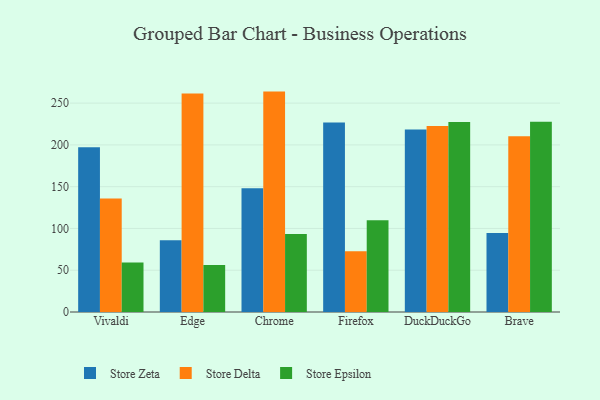
{"axis": {"x": "Browser", "y": "Temperature (°C)"}, "legend": ["Store Delta", "Store Epsilon", "Store Zeta"], "data": [{"x": "Vivaldi", "y": 197.2, "type": "Store Zeta"}, {"x": "Vivaldi", "y": 135.8, "type": "Store Delta"}, {"x": "Vivaldi", "y": 59.2, "type": "Store Epsilon"}, {"x": "Edge", "y": 85.9, "type": "Store Zeta"}, {"x": "Edge", "y": 261.6, "type": "Store Delta"}, {"x": "Edge", "y": 56.3, "type": "Store Epsilon"}, {"x": "Chrome", "y": 148.1, "type": "Store Zeta"}, {"x": "Chrome", "y": 263.8, "type": "Store Delta"}, {"x": "Chrome", "y": 93.3, "type": "Store Epsilon"}, {"x": "Firefox", "y": 226.8, "type": "Store Zeta"}, {"x": "Firefox", "y": 72.6, "type": "Store Delta"}, {"x": "Firefox", "y": 109.7, "type": "Store Epsilon"}, {"x": "DuckDuckGo", "y": 218.3, "type": "Store Zeta"}, {"x": "DuckDuckGo", "y": 222.6, "type": "Store Delta"}, {"x": "DuckDuckGo", "y": 227.4, "type": "Store Epsilon"}, {"x": "Brave", "y": 94.5, "type": "Store Zeta"}, {"x": "Brave", "y": 210.3, "type": "Store Delta"}, {"x": "Brave", "y": 227.6, "type": "Store Epsilon"}]}